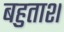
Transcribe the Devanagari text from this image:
बहुताश